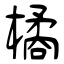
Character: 橘